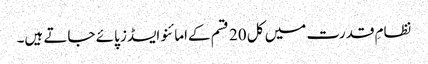
نظامِ قدرت میں کل 20 قسم کےامائنو ایسڈز پائے جاتے ہیں۔